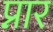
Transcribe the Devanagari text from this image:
प्नार